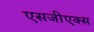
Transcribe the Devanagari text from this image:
एसजीएक्स